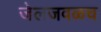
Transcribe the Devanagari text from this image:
जेलजवळच